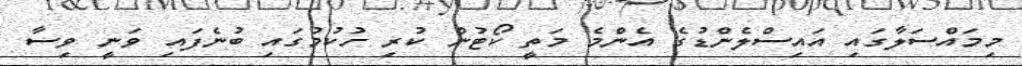
މިމައްސަލާގައި އައިސްލެންޑުގެ އެންމެ މަތީ ކޯޓުން ކުރި ހުކުމުގައި ބުނެފައި ވަނީ ވިސާ